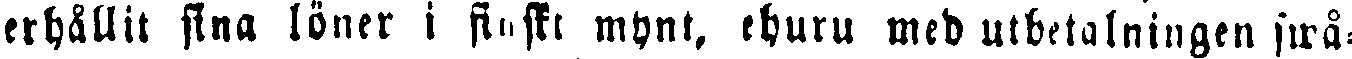
erhållit sina löner i finskt mynt, ehuru med utbetalningen swå-